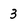
Character: 3